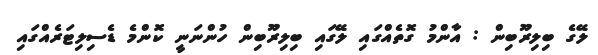
ލޭގެ ބިލިރޫބިން : އާންމު ގޮތެއްގައި ލޭގައި ބިލިރޫބިން ހުންނަނީ ކޮންމެ ޑެސިލިޓަރެއްގައި